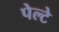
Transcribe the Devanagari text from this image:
पेल्टे